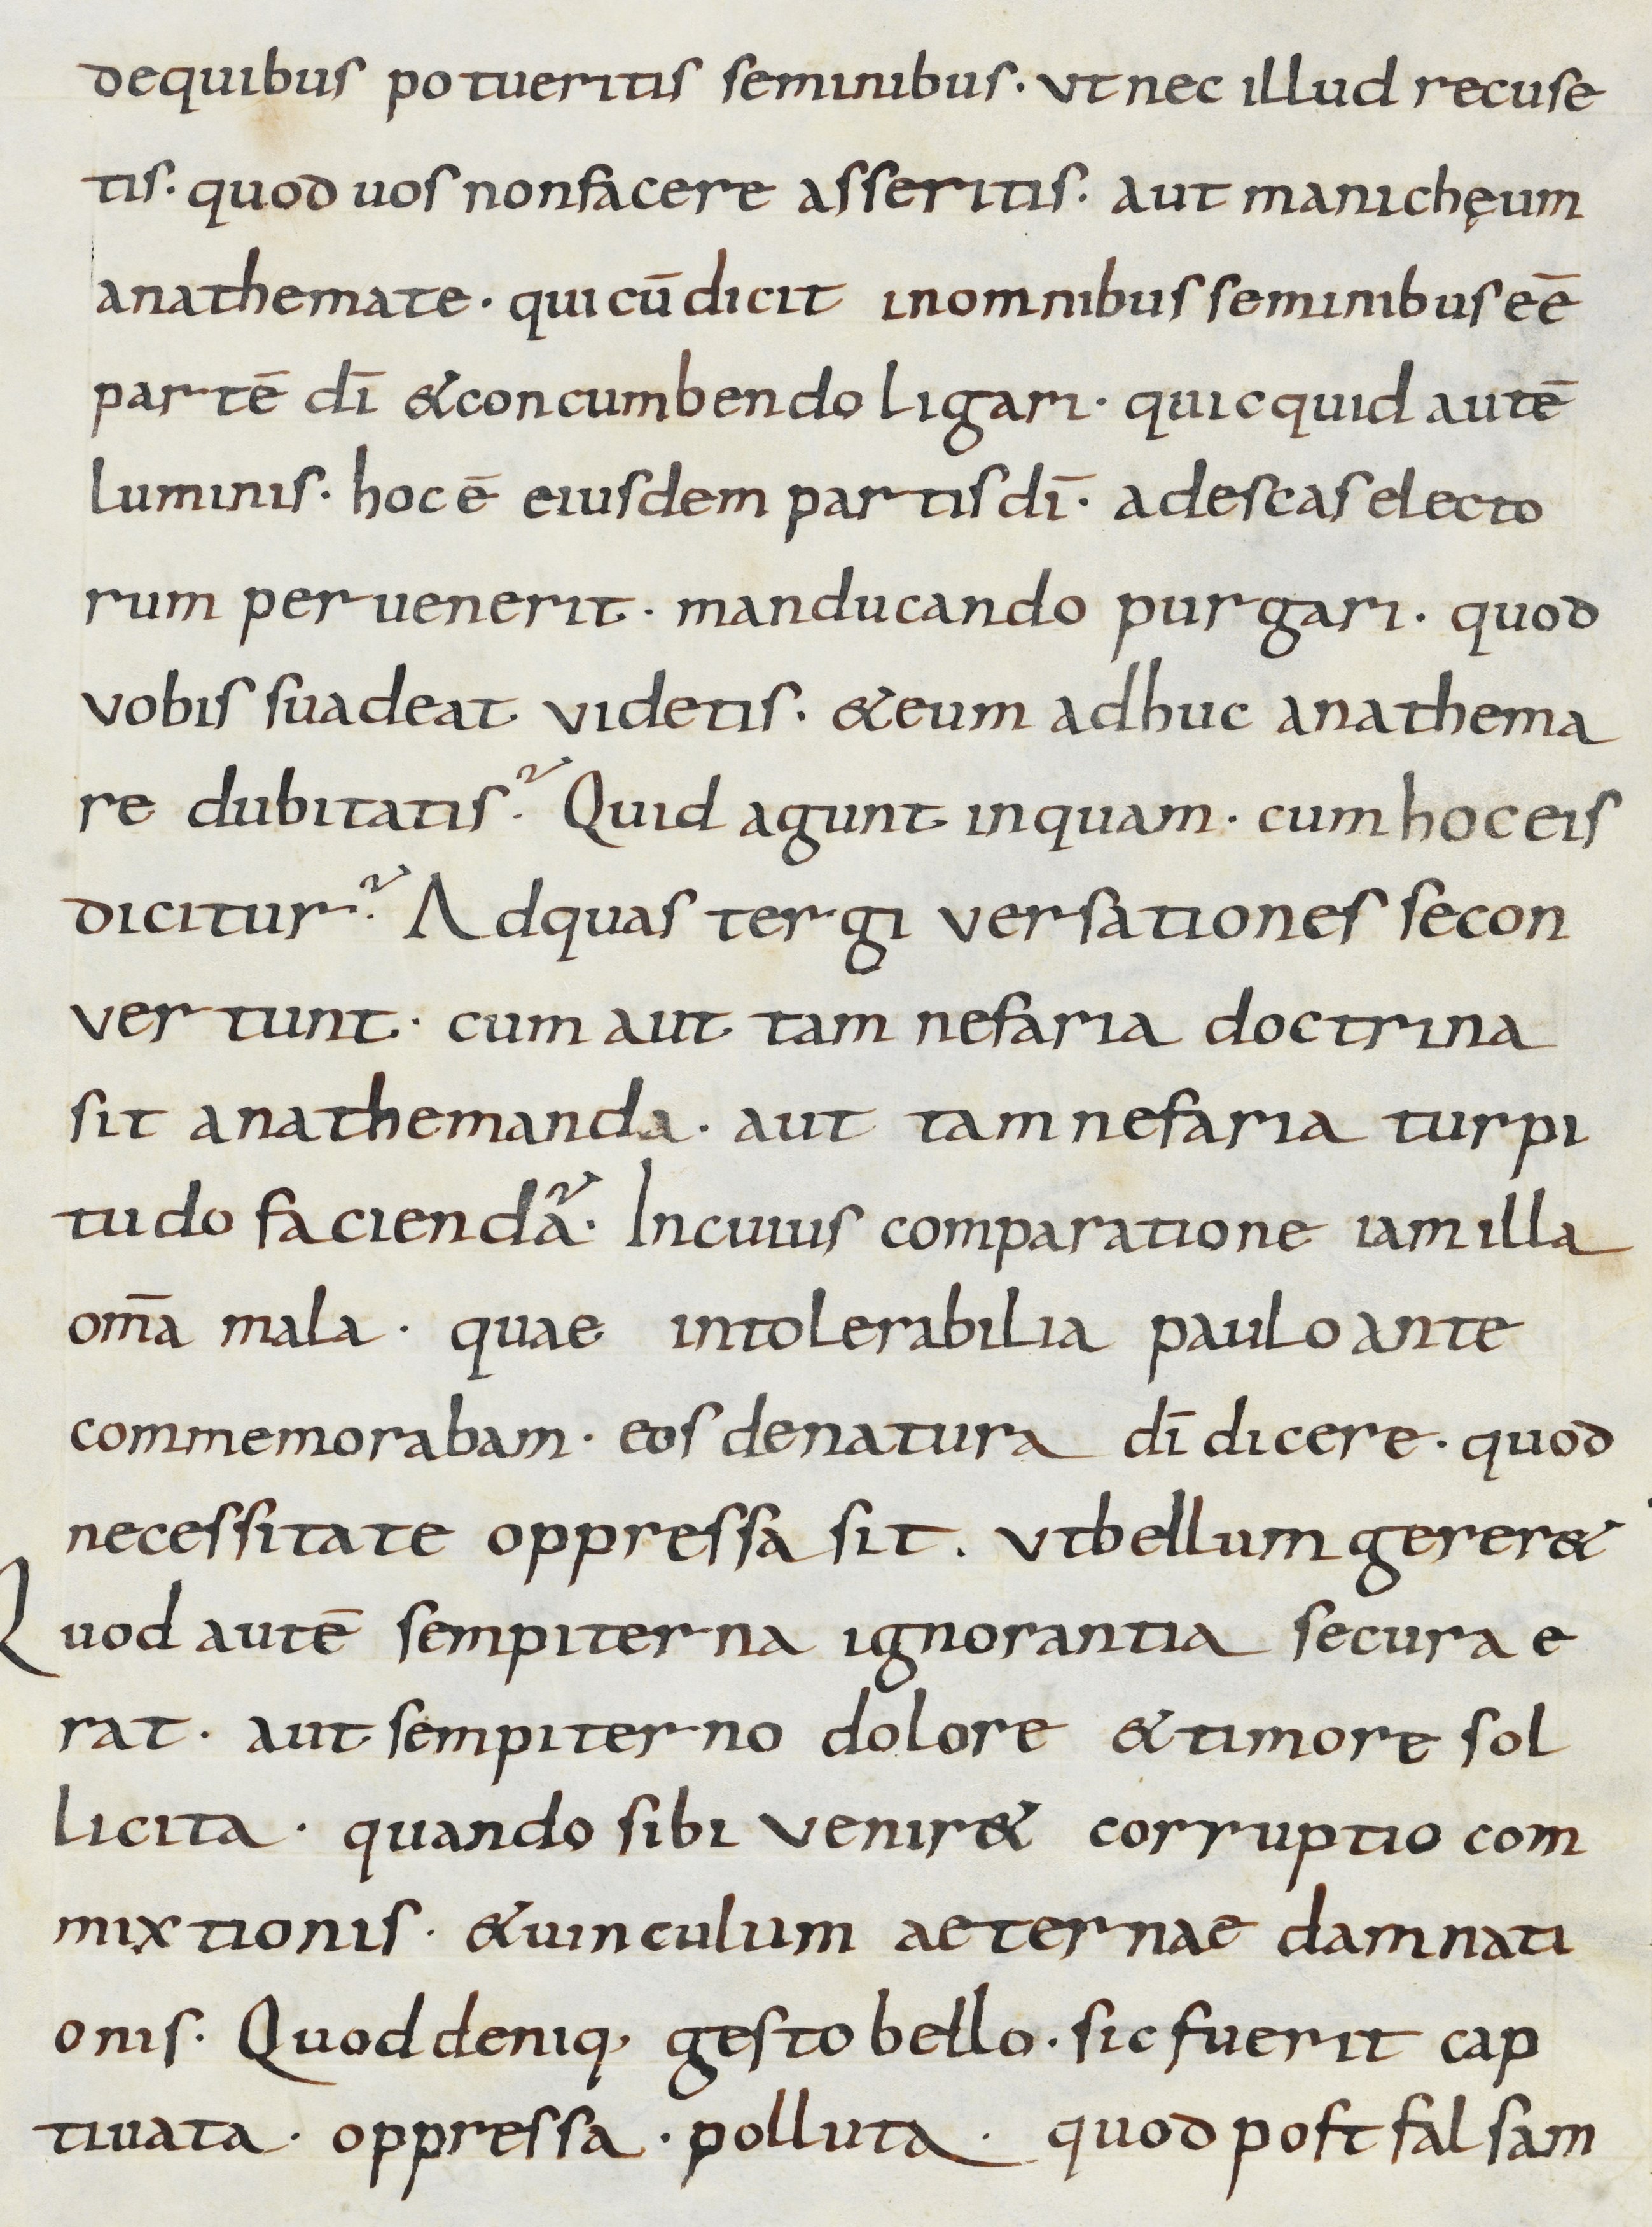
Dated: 800–899